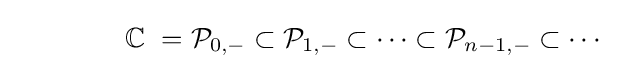
\ \ \ \ \ \ \ \ \ \ \ \ \mathbb {C} \ ={\mathcal {P}}_{0,-}\subset {\mathcal {P}}_{1,-}\subset \cdots \subset {\mathcal {P}}_{n-1,-}\subset \cdots